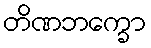
တိဏဘက္ခော